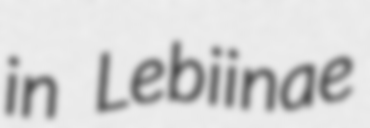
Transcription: in Lebiinae